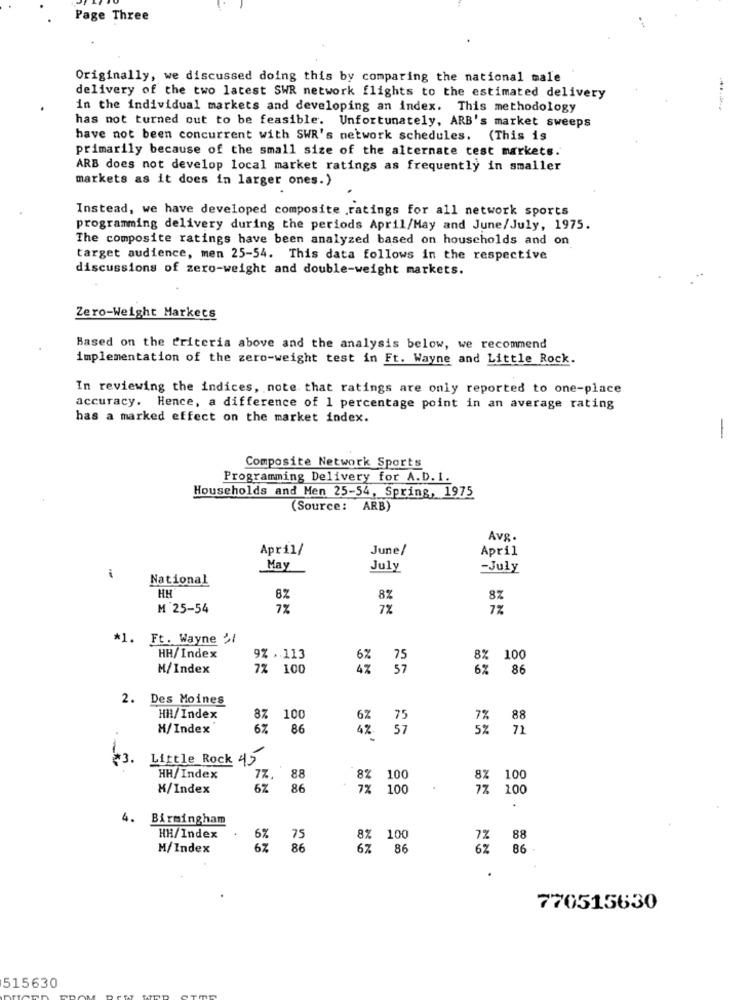
Page Three
Originally, we discussed doing this by comparing the national male
delivery of the two latest SWR network flights to the estimated delivery
in the individual markets and developing an index. This methodology
has not turned out to be feasible. Unfortunately, ARB's market sweeps
have not been concurrent with SWR's network schedules. (This is
primarily because of the small size of the alternate test markets.
ARB does not develop local market ratings as frequently in smaller
markets as it does in larger ones.)
Instead, we have developed composite ratings for all network sports
programming delivery during the periods April/May and June/July, 1975.
The composite ratings have been analyzed based on households and on
target audience, men 25-54. This data follows in the respective
discussions of zero-weight and double-weight markets.
Zero-Weight Markets
Based on the criteria above and the analysis below, we recommend
implementation of the zero-weight test in Ft. Wayne and Little Rock.
In reviewing the indices, note that ratings are only reported to one-place
accuracy. Hence, a difference of 1 percentage point in an average rating
has a marked effect on the market index.
Composite Network Sports
Programming Delivery for A.D. I.
Households and Men 25-54, Spring, 1975
(Source: ARB)
Avg.
April/
June/
April
May
July
-July
i
National
HH
8%
8%
8%
M 25-54
7%
7%
7%
*1. Ft. Wayne ,/
HH/Index
9% ,. 113
6%
75
8%
100
M/Index
7% 100
57
6%
86
2. Des Moines
HH/Index
8%
100
6% 75
7%
88
H/Index
67
86
57
5%
71
4%
+3.
Little Rock 45
HH/Index
7%
88
8% 100
8%
100
H/Index
6%
86
7% 100
7%
100
.
4. Birmingham
HH/Index
6%
75
100
88
M/Index
86
67
86
86 -
.
770515630
515630